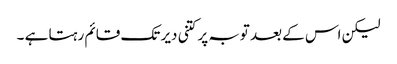
لیکن اس کے بعد توبہ پر کتنی دیر تک قائم رہتا ہے ۔